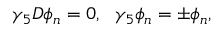
\gamma _ { 5 } D \phi _ { n } = 0 , \ \ \gamma _ { 5 } \phi _ { n } = \pm \phi _ { n } ,